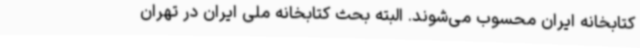
کتابخانه ایران محسوب می‌شوند. البته بحث کتابخانه ملی ایران در تهران